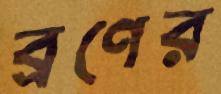
ব্রণের